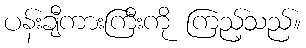
ပန်းချီကားကြီးကို ကြည့်သည်။